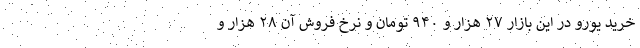
خرید یورو در این بازار ۲۷ هزار و ۹۴۰ تومان و نرخ فروش آن ۲۸ هزار و